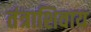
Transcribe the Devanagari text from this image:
तंत्राशिवाय